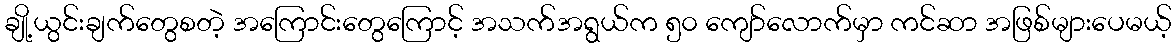
ချို့ယွင်းချက်တွေစတဲ့ အကြောင်းတွေကြောင့် အသက်အရွယ်က ၅၀ ကျော်လောက်မှာ ကင်ဆာ အဖြစ်များပေမယ့်